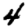
Digit: 4